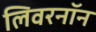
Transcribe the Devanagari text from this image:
लिवरनॉन